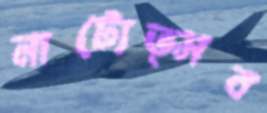
নাট্যেত্সব